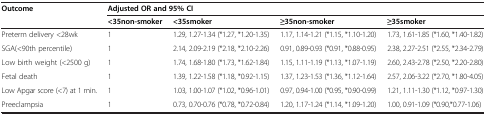
<table><thead><tr><td><b>Outcome</b></td><td colspan="4"><b>Adjusted OR and 95% CI</b></td></tr><tr><td><b> </b></td><td><b>&lt;35non-smoker</b></td><td><b>&lt;35smoker</b></td><td><b>≥35non-smoker</b></td><td><b>≥35smoker</b></td></tr></thead><tbody><tr><td>Preterm delivery &lt;28wk</td><td>1</td><td>1.29, 1.27-1.34 (*1.27, *1.20-1.35)</td><td>1.17, 1.14-1.21 (*1.15, *1.10-1.20)</td><td>1.73, 1.61-1.85 (*1.60, *1.40-1.82)</td></tr><tr><td>SGA(&lt;90th percentile)</td><td>1</td><td>2.14, 2.09-2.19 (*2.18, *2.10-2.26)</td><td>0.91, 0.89-0.93 (*0.91, *0.88-0.95)</td><td>2.38, 2.27-2.51 (*2.55, *2.34-2.79)</td></tr><tr><td>Low birth weight (&lt;2500 g)</td><td>1</td><td>1.74, 1.68-1.80 (*1.73, *1.62-1.84)</td><td>1.15, 1.11-1.19 (*1.13, *1.07-1.19)</td><td>2.60, 2.43-2.78 (*2.50, *2.20-2.80)</td></tr><tr><td>Fetal death</td><td>1</td><td>1.39, 1.22-1.58 (*1.18, *0.92-1.15)</td><td>1.37, 1.23-1.53 (*1.36, *1.12-1.64)</td><td>2.57, 2.06-3.22 (*2.70, *1.80-4.05)</td></tr><tr><td>Low Apgar score (&lt;7) at 1 min.</td><td>1</td><td>1.03, 1.00-1.07 (*1.02, *0.96-1.01)</td><td>0.97, 0.94-1.00 (*0.95, *0.90-0.99)</td><td>1.21, 1.11-1.30 (*1.12, *0.97-1.30)</td></tr><tr><td>Preeclampsia</td><td>1</td><td>0.73, 0.70-0.76 (*0.78, *0.72-0.84)</td><td>1.20, 1.17-1.24 (*1.14, *1.09-1.20)</td><td>1.00, 0.91-1.09 (*0.90,*0.77-1.06)</td></tr></tbody></table>